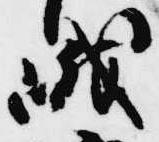
峨